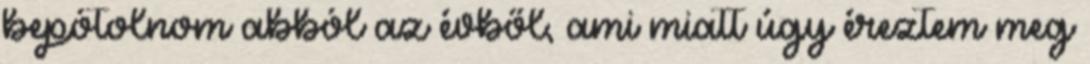
bepótolnom abból az évből, ami miatt úgy éreztem meg